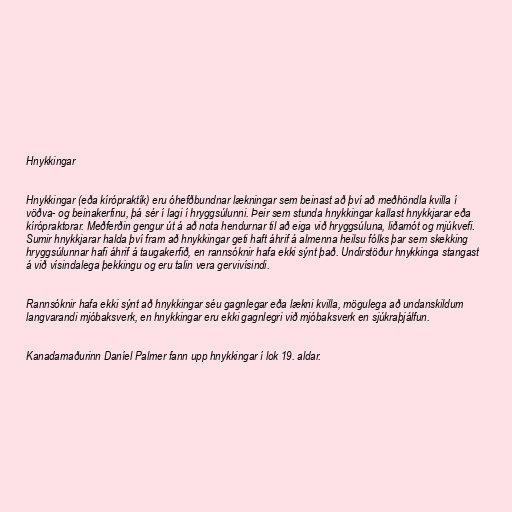
Hnykkingar

Hnykkingar (eða kírópraktík) eru óhefðbundnar lækningar sem beinast að því að meðhöndla kvilla í
vöðva- og beinakerfinu, þá sér í lagi í hryggsúlunni. Þeir sem stunda hnykkingar kallast hnykkjarar eða
kírópraktorar. Meðferðin gengur út á að nota hendurnar til að eiga við hryggsúluna, liðamót og mjúkvefi.
Sumir hnykkjarar halda því fram að hnykkingar geti haft áhrif á almenna heilsu fólks þar sem skekking
hryggsúlunnar hafi áhrif á taugakerfið, en rannsóknir hafa ekki sýnt það. Undirstöður hnykkinga stangast
á við vísindalega þekkingu og eru talin vera gervivísindi.

Rannsóknir hafa ekki sýnt að hnykkingar séu gagnlegar eða lækni kvilla, mögulega að undanskildum
langvarandi mjóbaksverk, en hnykkingar eru ekki gagnlegri við mjóbaksverk en sjúkraþjálfun.

Kanadamaðurinn Daníel Palmer fann upp hnykkingar í lok 19. aldar.